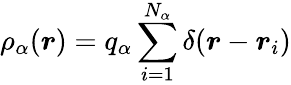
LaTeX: \rho_{\alpha}(\boldsymbol{r})=q_{\alpha}\sum_{i=1}^{N_{\alpha}}\delta(\boldsymbol{r}-\boldsymbol{r}_{i})